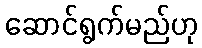
ဆောင်ရွက်မည်ဟု